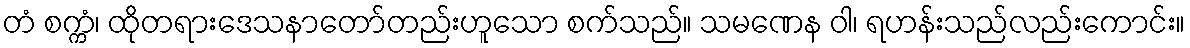
တံ စက္ကံ၊ ထိုတရားဒေသနာတော်တည်းဟူသော စက်သည်။ သမဏေန ဝါ၊ ရဟန်းသည်လည်းကောင်း။